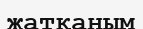
жатқаным